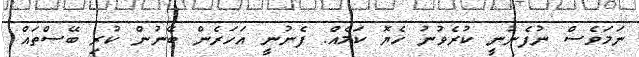
ނަމަވެސް ނުފެނުނީ ކުރެވުނު ހެޔޮ ކަމެއް. ފެނުނީ އަހަރެން ބޭނުން ކުރި ބޭސްތައް